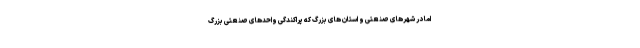
اما در شهرهای صنعتی و استان های بزرگ که پراکندگی واحدهای صنعتی بزرگ